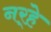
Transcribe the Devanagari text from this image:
नर्‍हे